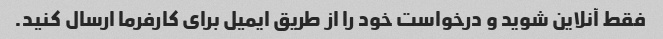
فقط آنلاین شوید و درخواست خود را از طریق ایمیل برای کارفرما ارسال کنید.